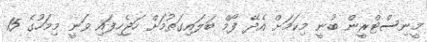
މީނިސްޓްރީން ބުނީ މިކަމަށް އެދޭ ފޯމް ބަލައިގަތުމަށް ހަަޖެހިފައި ވަނީ މިމަހުގެ 15